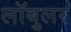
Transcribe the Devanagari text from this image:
लॉबुलर